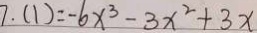
7 . ( 1 ) = - 6 x ^ { 3 } - 3 x ^ { 2 } + 3 x